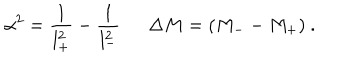
\alpha ^ { 2 } = \frac { 1 } { l _ { + } ^ { 2 } } - \frac { 1 } { l _ { - } ^ { 2 } } \ \ \Delta M = ( M _ { -- } M _ { + } ) \ .